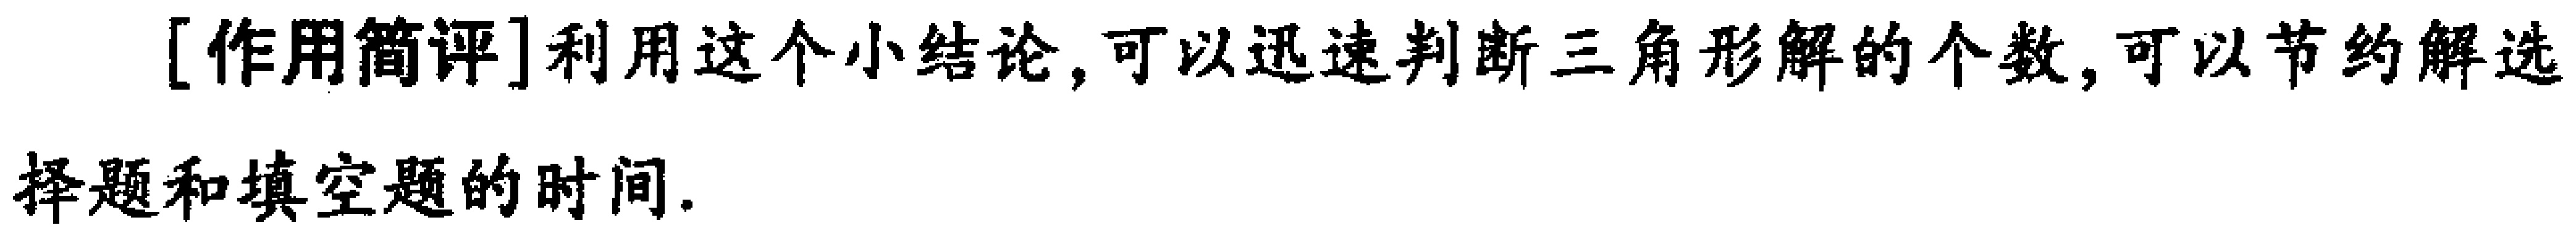
[作用简评]利用这个小结论,可以迅速判断三角形解的个数,可以节约解选择题和填空题的时间.